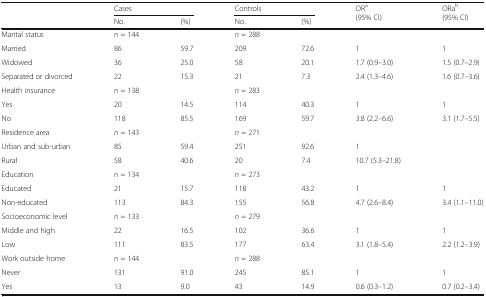
|  | <COLSPAN=2> Cases | <COLSPAN=2> Controls | <ROWSPAN=2> ORa(95% CI) | <ROWSPAN=2> ORab(95% CI) |
 |  | No. | (%) | No. | (%) |
 | --- | --- | --- | --- | --- | --- | --- |
 | Marital status | n = 144 |  | n = 288 |  |  |  |
 | Married | 86 | 59.7 | 209 | 72.6 | 1 | 1 |
 | Widowed | 36 | 25.0 | 58 | 20.1 | 1.7 (0.9–3.0) | 1.5 (0.7–2.9) |
 | Separated or divorced | 22 | 15.3 | 21 | 7.3 | 2.4 (1.3–4.6) | 1.6 (0.7–3.6) |
 | Health insurance | n = 138 |  | n = 283 |  |  |  |
 | Yes | 20 | 14.5 | 114 | 40.3 | 1 | 1 |
 | No | 118 | 85.5 | 169 | 59.7 | 3.8 (2.2–6.6) | 3.1 (1.7–5.5) |
 | Residence area | n = 143 |  | n = 271 |  |  |  |
 | Urban and sub-urban | 85 | 59.4 | 251 | 92.6 | 1 |  |
 | Rural | 58 | 40.6 | 20 | 7.4 | 10.7 (5.3–21.8) |  |
 | Education | n = 134 |  | n = 273 |  |  |  |
 | Educated | 21 | 15.7 | 118 | 43.2 | 1 | 1 |
 | Non-educated | 113 | 84.3 | 155 | 56.8 | 4.7 (2.6–8.4) | 3.4 (1.1–11.0) |
 | Socioeconomic level | n = 133 |  | n = 279 |  |  |  |
 | Middle and high | 22 | 16.5 | 102 | 36.6 | 1 | 1 |
 | Low | 111 | 83.5 | 177 | 63.4 | 3.1 (1.8–5.4) | 2.2 (1.2–3.9) |
 | Work outside home | n = 144 |  | n = 288 |  |  |  |
 | Never | 131 | 91.0 | 245 | 85.1 | 1 | 1 |
 | Yes | 13 | 9.0 | 43 | 14.9 | 0.6 (0.3–1.2) | 0.7 (0.2–3.4) |